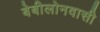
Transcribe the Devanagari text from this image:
बेबीलोनवासी